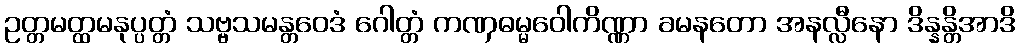
ဥတ္တမတ္ထမနုပ္ပတ္တံ သဗ္ဗသမန္တဝေဒံ ဂေါတ္တံ ကဏှဓမ္မဝေါကိဏ္ဏာ ခမနတော အနလ္လီနော ဒိန္နန္တိအာဒိ